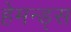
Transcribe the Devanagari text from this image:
हेमन्ड्स